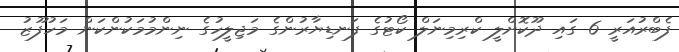
ފެބްރުއަރީ 6 ގައި ދޫކޮށްލީ ކްރިމިނަލް ކޯޓުގެ ފަނޑިޔާރުންގެ މަޖިލީހުގެ ނިންމުމަކުންކަން މަހުފޫޒު